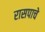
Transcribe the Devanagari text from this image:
रासपाचे